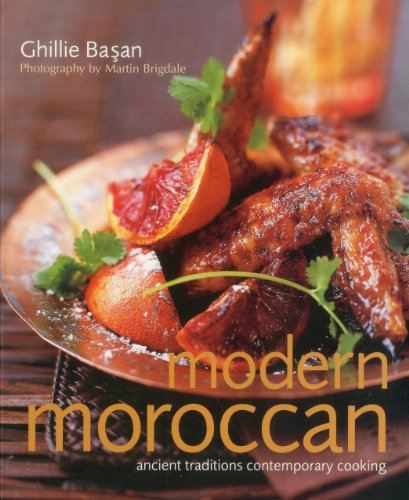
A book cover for Modern Moroccan: Ancient Traditions, Contemporary Cooking; Ghillie Basan; Cookbooks, Food & Wine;